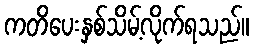
ကတိပေးနှစ်သိမ့်လိုက်ရသည်။